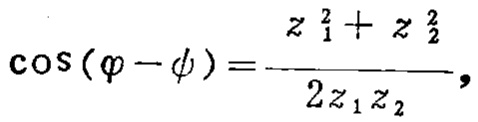
\(\cos(\varphi - \psi)=\frac{z_{1}^{2}+z_{2}^{2}}{2z_{1}z_{2}},\)